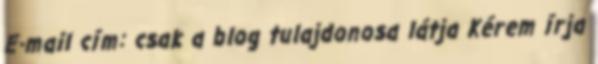
E-mail cím: csak a blog tulajdonosa látja Kérem írja